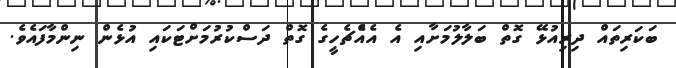
ބަކަރިތައް ދިރިއުޅޭ ގޮތް ބަލާލުމަށާއި އެ އެއްެޗެހީގެ ގޮތް ދަސްކުރުމަށްޓަކައި އުޅެން ނިންމާފައެވެ.